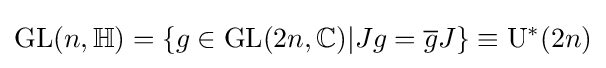
\mathrm {GL} (n,\mathbb {H} )=\{g\in \mathrm {GL} (2n,\mathbb {C} )|Jg={\overline {g}}J\}\equiv \mathrm {U} ^{*}(2n)